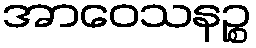
အာဝေသနဉ္စ